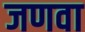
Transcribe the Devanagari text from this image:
जणवा